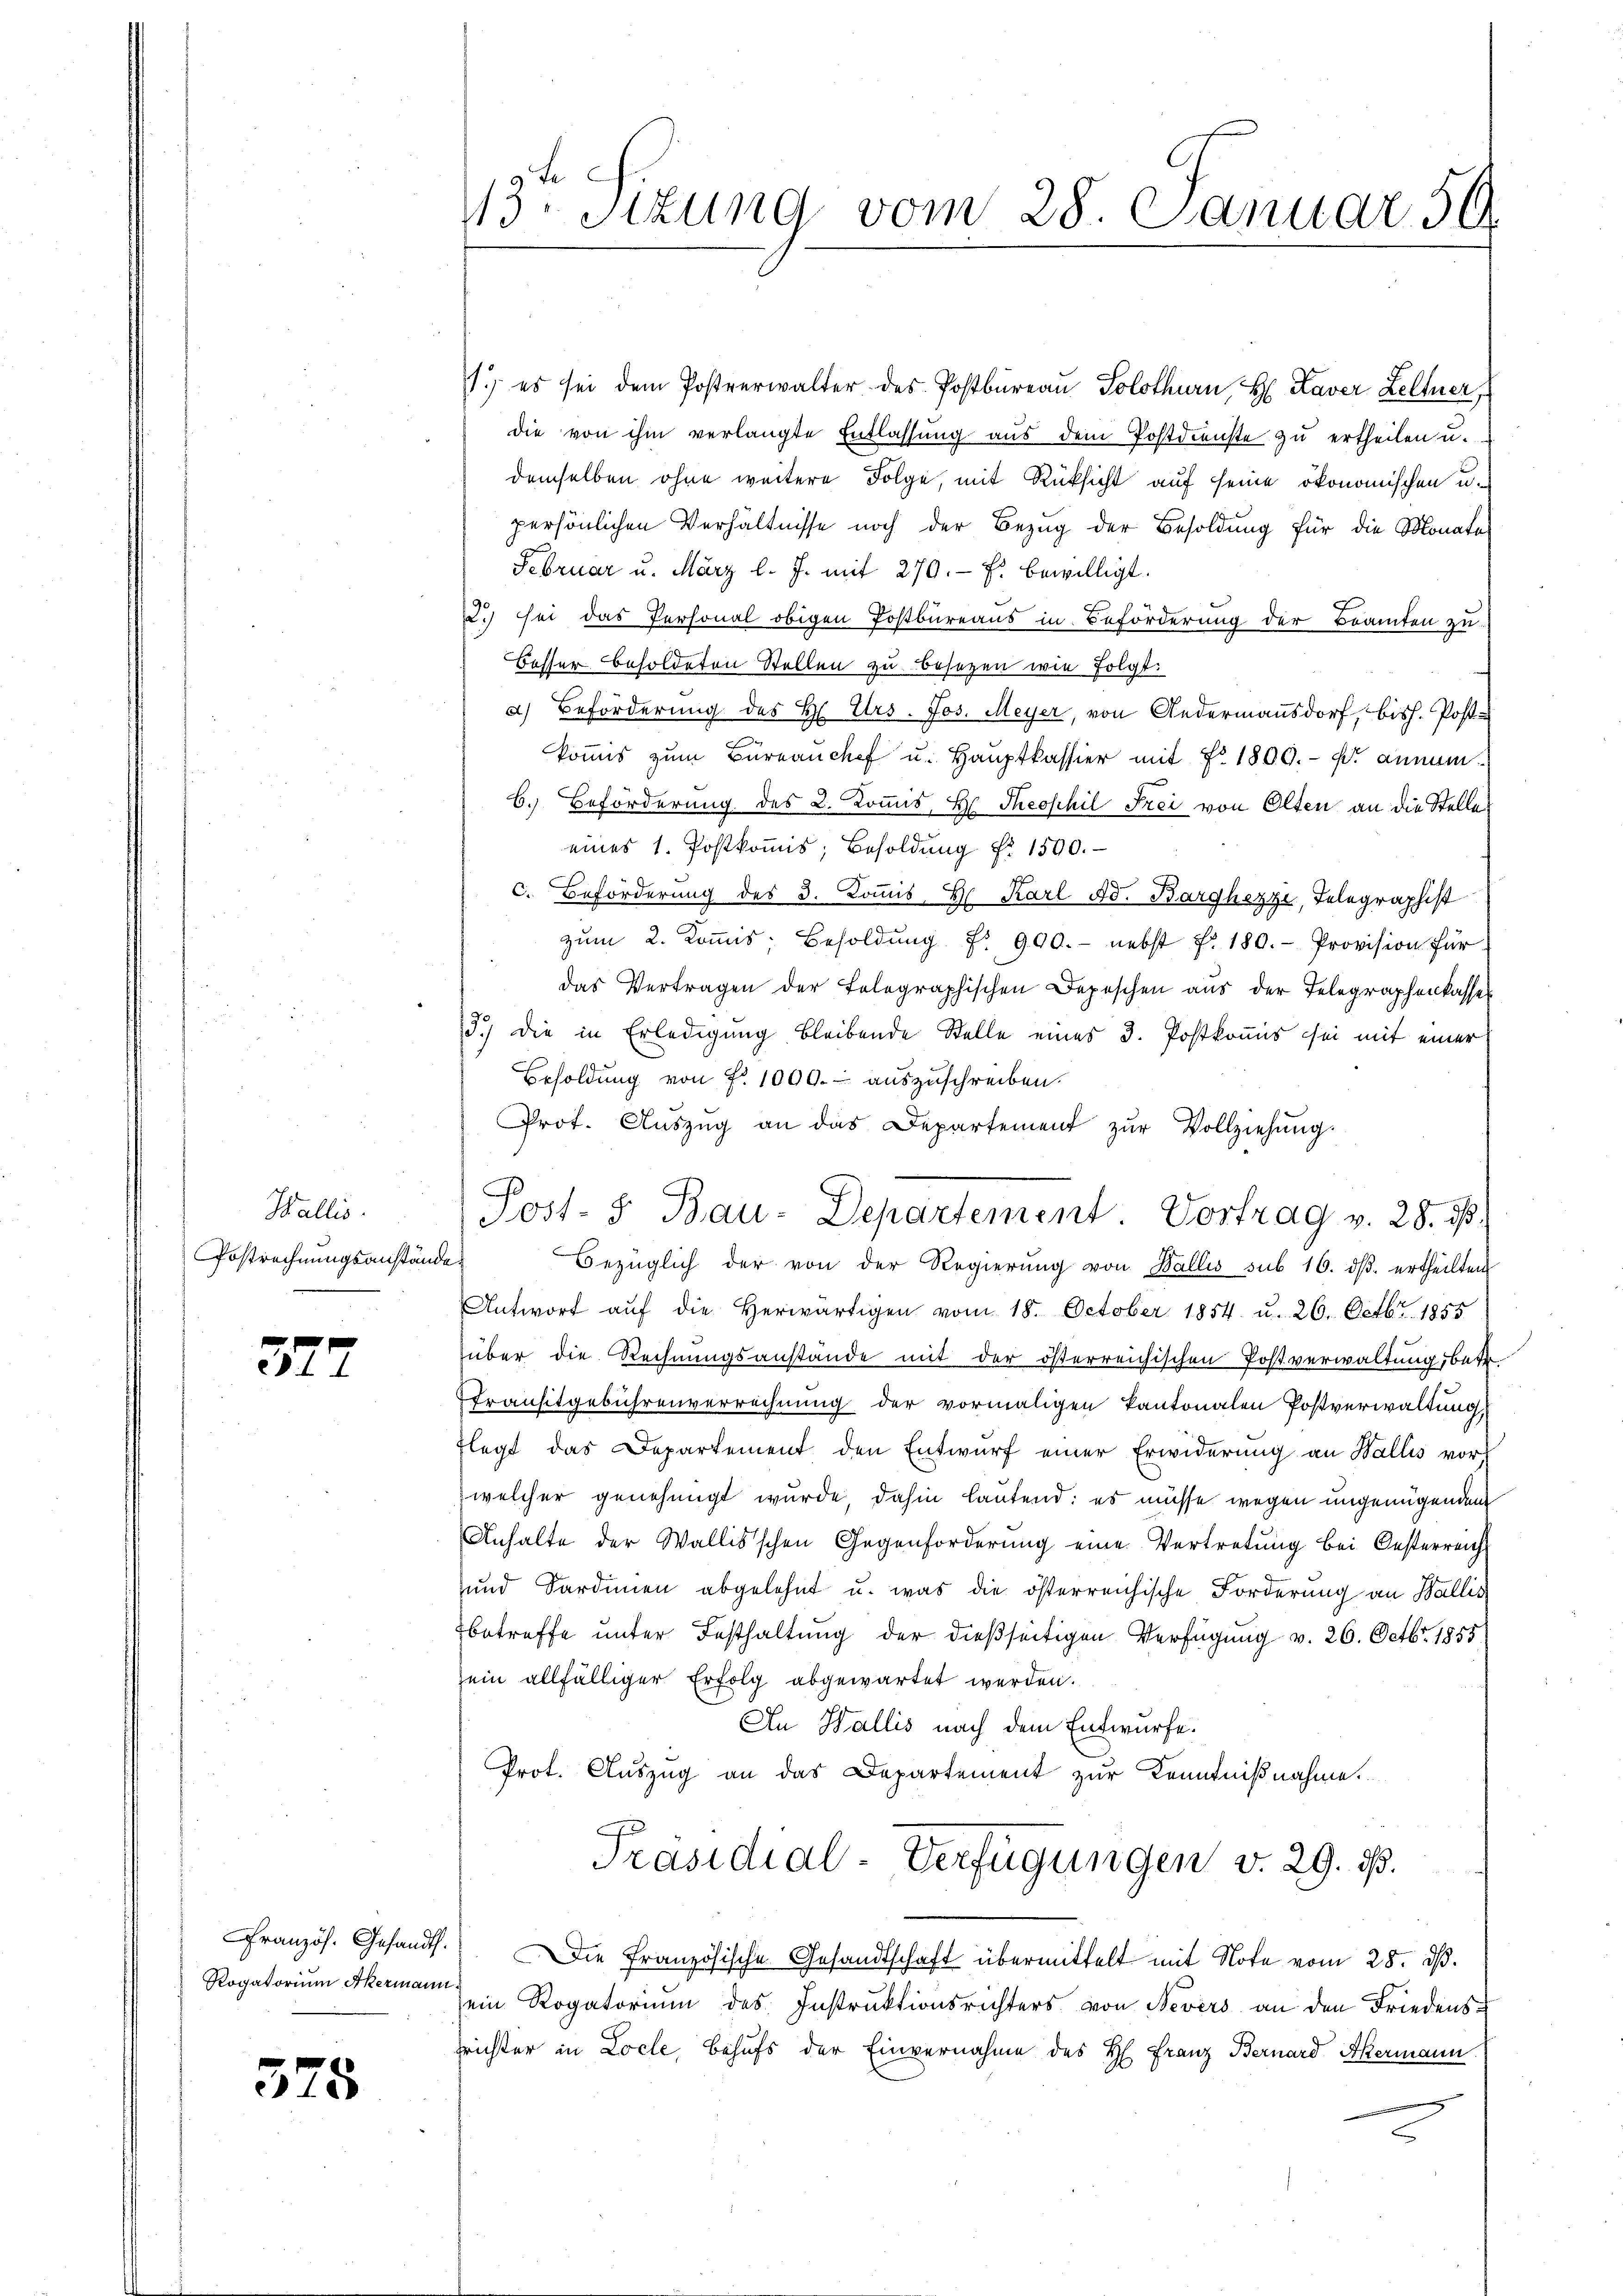
Wallis.
Postrechnungsanstände

377

Rogatorium Akermann.

325

1.) es sei dem Postverwalter des Postbüreaŭ Solothurn, H. Kaver Zeltner,
die von ihm verlangte Entlassung aus dem Postdienste zŭ ertheilen u.
demselben ohne weitere Folge, mit Rüksicht auf seine ökonomischen u.
persönlichen Verhältnisse noch der Bezug der Besoldung für die Monata-
Februar u. März l. J. mit 270. fs. bewilligt.
2.) sei das Personal obigen Postbüreaŭs in Beförderung der Beamten zu
Besser besoldeten Stellen zu besetzen wie folgt:
a) Beförderung des H. Urs. Jos. Meyer, von Gedermannsdorf, bish. Post-
koṁis zŭm Büreanchef u. Hauptkassier mit No. 1800.- Fr. annum.
B. Beförderung des 2. Kommis, H. Theophil Frei von Olten an die Stellen
eines 1. Postkoṁis; Besoldŭng Nr. 1500.
c. Beförderung des 3. Koṁis H. Karl Ad. Barghezze, Telegraphist
zŭm 2. Koṁis; Besoldŭng Nr. 990.- nebst f. 180. - Provision für
das Vertragen der Telegraphischen Depeschen aus der Telegraphenkasse
3.) Die in Erledigung bleibende Stelle eines 3. Postkommis sei mit einer
Besoldung von Fr. 1000. auszuschreiben.
Prot. Aŭszŭg an das Departement zŭr Vollziehŭng.
Bezüglich der von der Regierŭng von Wallis sub 16. dβ ertheilten
Antwort aŭf die herwärtigen vom 18. October 1854 u. 26. Octbr. 1855
über die Rechnungsanstände mit der österreichischen Postverwaltungsbett
Transitgebührenverrechnung der vormaligen kantonalen Postverwaltung,
flegt das Departement den Entwurf einer Erwiderung an Wallis vor-
welcher genehmigt wurde, dahin lautend: es müsse wegen ungenügenden
Anhalte der Wallisschen Gegenforderung eine Vertretung bei Oesterreich
und Sardinien abgelehnt u. was die österreichische Forderung an Wallis
betreffe unter Festhaltung der dießseitigen Verfügung v. 26. Octbr. 1855.
sein allfälliger Erfolg abgewartet werden.
An Wallis nach dem Entwurfe.
Prot. Auszug an das Departement zur Kenntnißnahme.
Präsidial-Verfügungen v. 29. 13.
Französ. Gesandt. Die Französische Gesandtschaft übermittelt mit Note vom 28. ds.
sein Rogatorium des Instruktionsrichters von Nevers an den Friedenssrichter in Locle, behufs der Einvernahme des H. Franz Bernard Akermann

13ten Sizung vom 28. Januar 50.

Post- & Bau-Departement. Vortrag v. 28. d.